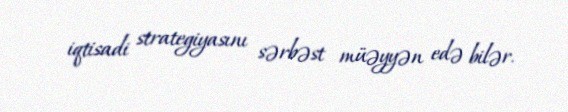
iqtisadi strategiyasını sərbəst müəyyən edə bilər.